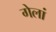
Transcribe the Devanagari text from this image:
गेलां